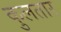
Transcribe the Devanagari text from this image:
कुलतार